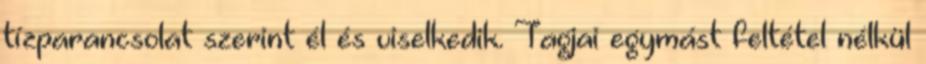
tízparancsolat szerint él és viselkedik. Tagjai egymást feltétel nélkül